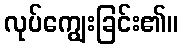
လုပ်ကျွေးခြင်း၏။